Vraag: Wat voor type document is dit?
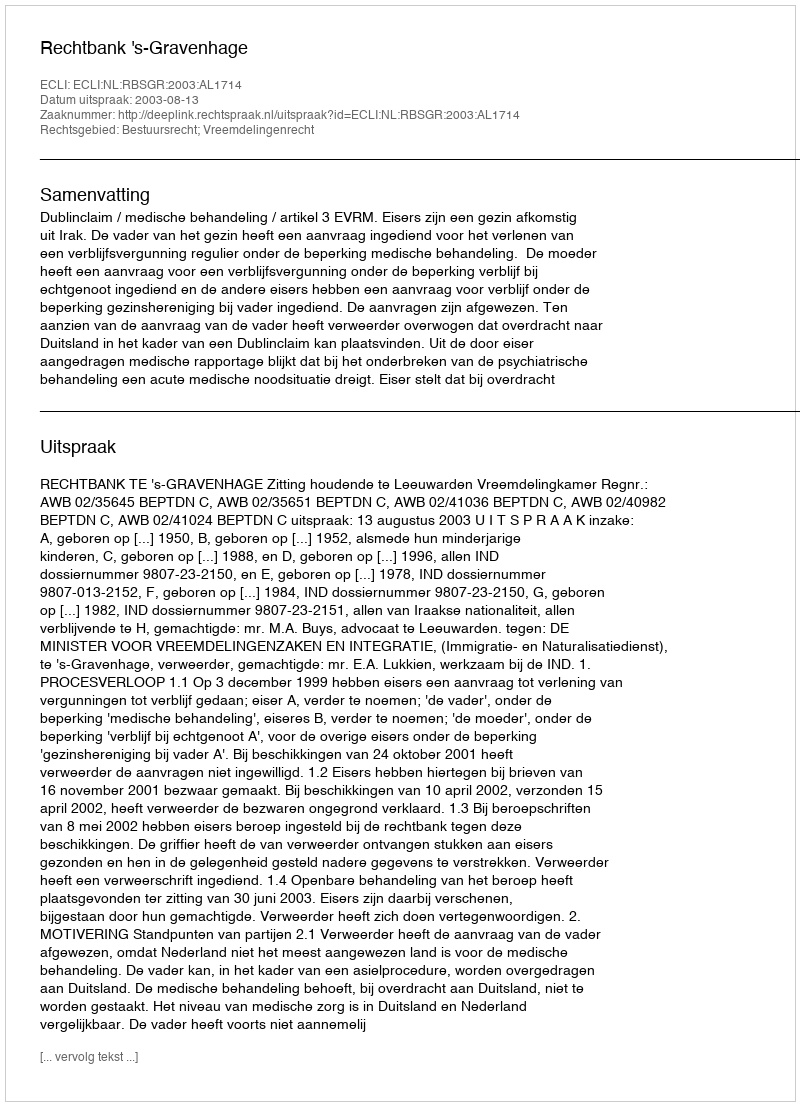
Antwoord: Uitspraak